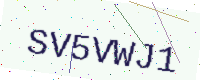
Text: SV5VWJ1